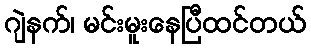
ဂျဲနက်၊ မင်းမူးနေပြီထင်တယ်